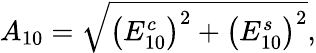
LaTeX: A_{10}=\sqrt{\left(E_{10}^{c}\right)^{2}+\left(E_{10}^{s}\right)^{2}},